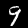
Label: 9